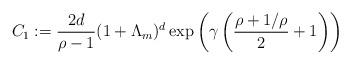
LaTeX: \begin{align*}C_1:= \frac{2d}{\rho-1} (1 + \Lambda_m)^d \exp\left(\gamma \left(\frac{\rho+1/\rho}{2}+1\right)\right)\end{align*}